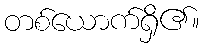
တစ်ယောက်ရှိ၏။